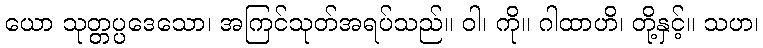
ယော သုတ္တပ္ပဒေသော၊ အကြင်သုတ်အရပ်သည်။ ဝါ၊ ကို။ ဂါထာဟိ၊ တို့နှင့်။ သဟ၊